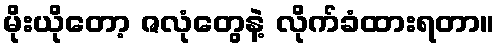
မိုးယိုတော့ ဇလုံတွေနဲ့ လိုက်ခံထားရတာ။